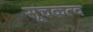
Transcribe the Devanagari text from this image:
सूचकत्व